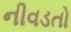
નીવડતો